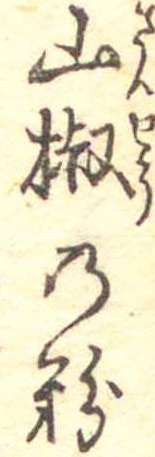
山椒の粉